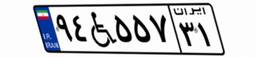
۵۹W۵۸۵۸۷